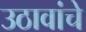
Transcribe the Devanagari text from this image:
उठावांचे